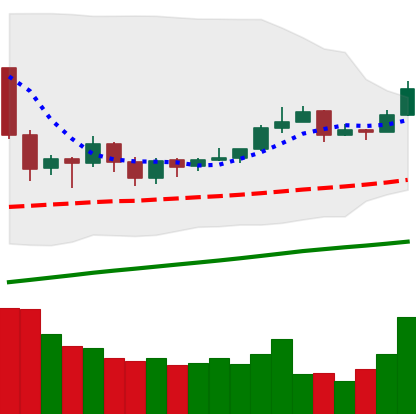
Ticker: EOS-USD
Chart end date: 2019-06-22
Forward return: -20.977%
Label: down_7plus